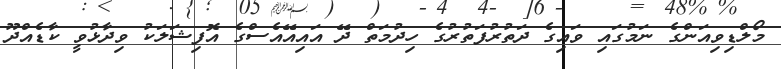
މޯލްޑިވިއަންގެ ނަމުގައި ވައިގެ ދަތުރުފަތުރުގެ ހިދުމަތް ދޭ އައިއޭއެސްގެ އޮފިޝަލަކު ވިދާޅުވީ ކާޑެއްދޫ